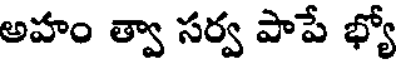
అహం త్వా సర్వ పాపే భ్యో